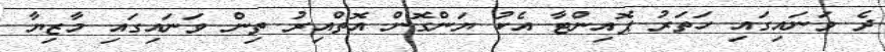
ދެ ވަނައިގައި ހަތަރު ޕޮއިންޓާ އެކު ޔަންގޮން އޮތްއިރު ތިން ވަނައިގައި މާޒިޔާ